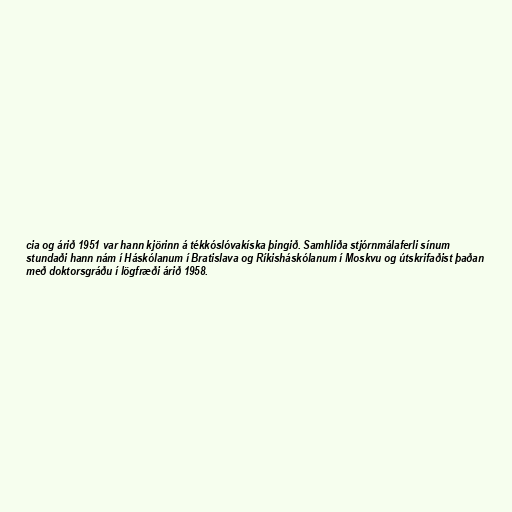
cia og árið 1951 var hann kjörinn á tékkóslóvakíska þingið. Samhliða stjórnmálaferli sínum
stundaði hann nám í Háskólanum í Bratislava og Ríkisháskólanum í Moskvu og útskrifaðist þaðan
með doktorsgráðu í lögfræði árið 1958.